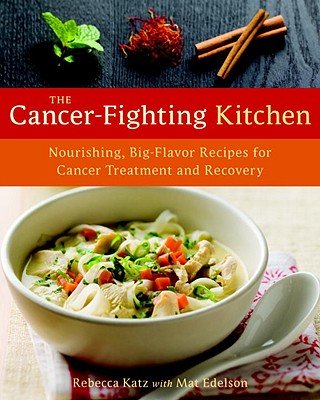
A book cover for The Cancer-Fighting Kitchen: Nourishing, Big-Flavor Recipes for Cancer Treatment and Recovery; Mat Edelson Rebecca Katz; Cookbooks, Food & Wine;